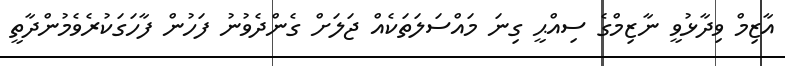
އާޒިމް ވިދާޅުވީ ނާޒިމްގެ ސިއްޙީ ގިނަ މައްސަލަތަކެއް ޖަލަށް ގެންދެވުނު ފަހުން ފާހަގަކުރެވެމުންދާތީ